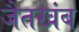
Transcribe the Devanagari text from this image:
जैतखंब